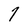
Character: 7